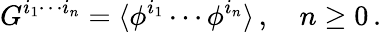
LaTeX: G^{i_{1}\cdots i_{n}}=\langle\phi^{i_{1}}\cdots\phi^{i_{n}}\rangle\, ,\quad n\geq 0\, .